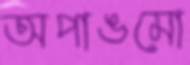
অপাঙমো